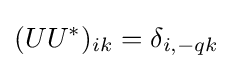
(UU^{*})_{ik}=\delta _{i,-qk}